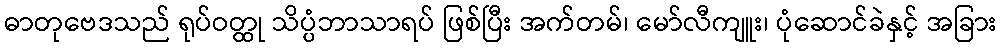
ဓာတုဗေဒသည် ရုပ်ဝတ္ထု သိပ္ပံဘာသာရပ် ဖြစ်ပြီး အက်တမ်၊ မော်လီကျူး၊ ပုံဆောင်ခဲနှင့် အခြား